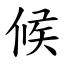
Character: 候